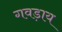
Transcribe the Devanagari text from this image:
गवड़ाय